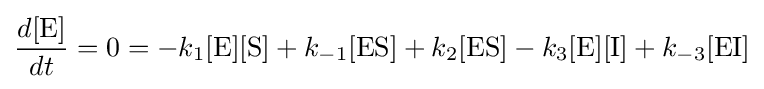
{\frac {d[{\ce {E}}]}{dt}}=0=-k_{1}[{\ce {E}}][{\ce {S}}]+k_{-1}[{\mathrm {ES} }]+k_{2}[{\mathrm {ES} }]-k_{3}[{\ce {E}}][{\ce {I}}]+k_{-3}[{\mathrm {EI} }]